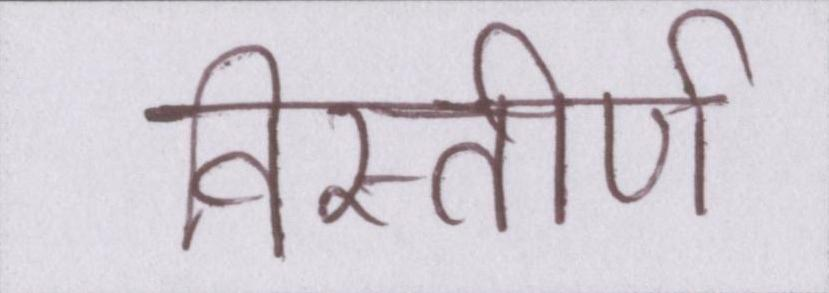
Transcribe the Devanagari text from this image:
विस्तीर्ण